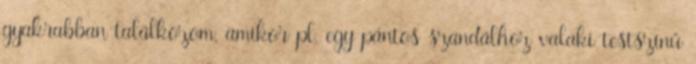
gyakrabban találkozom, amikor pl, egy pántos szandálhoz valaki testszínű